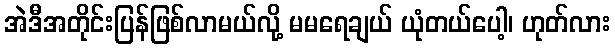
အဲဒီအတိုင်းပြန်ဖြစ်လာမယ်လို့ မမရေချယ် ယုံတယ်ပေါ့၊ ဟုတ်လား